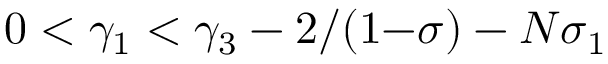
0 < \gamma _ { 1 } < \gamma _ { 3 } - 2 / ( 1 { - } \sigma ) - N \sigma _ { 1 }